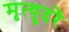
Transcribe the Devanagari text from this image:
मृत्युदरें